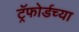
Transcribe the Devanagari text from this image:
ट्रॅफोर्डच्या